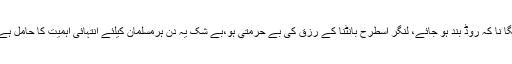
ہرجگہ بڑی بڑی گا ڑیوں پر بڑے بڑے اسپیکرزرکھ کر نعتیں چلانا ،بر قی قمقمے اسطرح لگا نا کہ روڈ بند ہو جائے، لنگر اسطرح بانٹنا کے رزق کی بے حرمتی ہو،بے شک یہ دن ہرمسلمان کیلئے انتہائی اہمیت کا حامل ہے اور بطور امت محمدی صلی اللہ علیہ والہ وسلم ہمیں اس دن کے شایان شان ہمیں منانا چاہیے۔